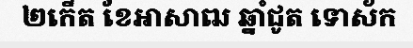
២កើត ខែអាសាឍ ឆ្នាំជូត ទោស័ក